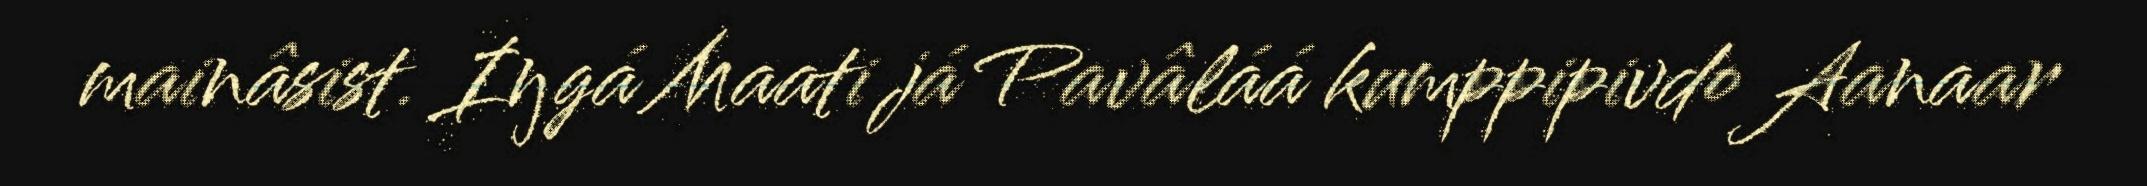
mainâsist. Iŋgá Maati já Pavâláá kumppipivdo Aanaar